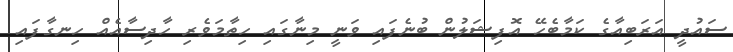
ސައުދީ އަރަބިއާގެ ކަމާބެހޭ އޮފިޝަލުން ބުނެފައި ވަނީ މިނާގައި ހިތާމަވެރި ހާދިސާއެއް ހިނގާފައި